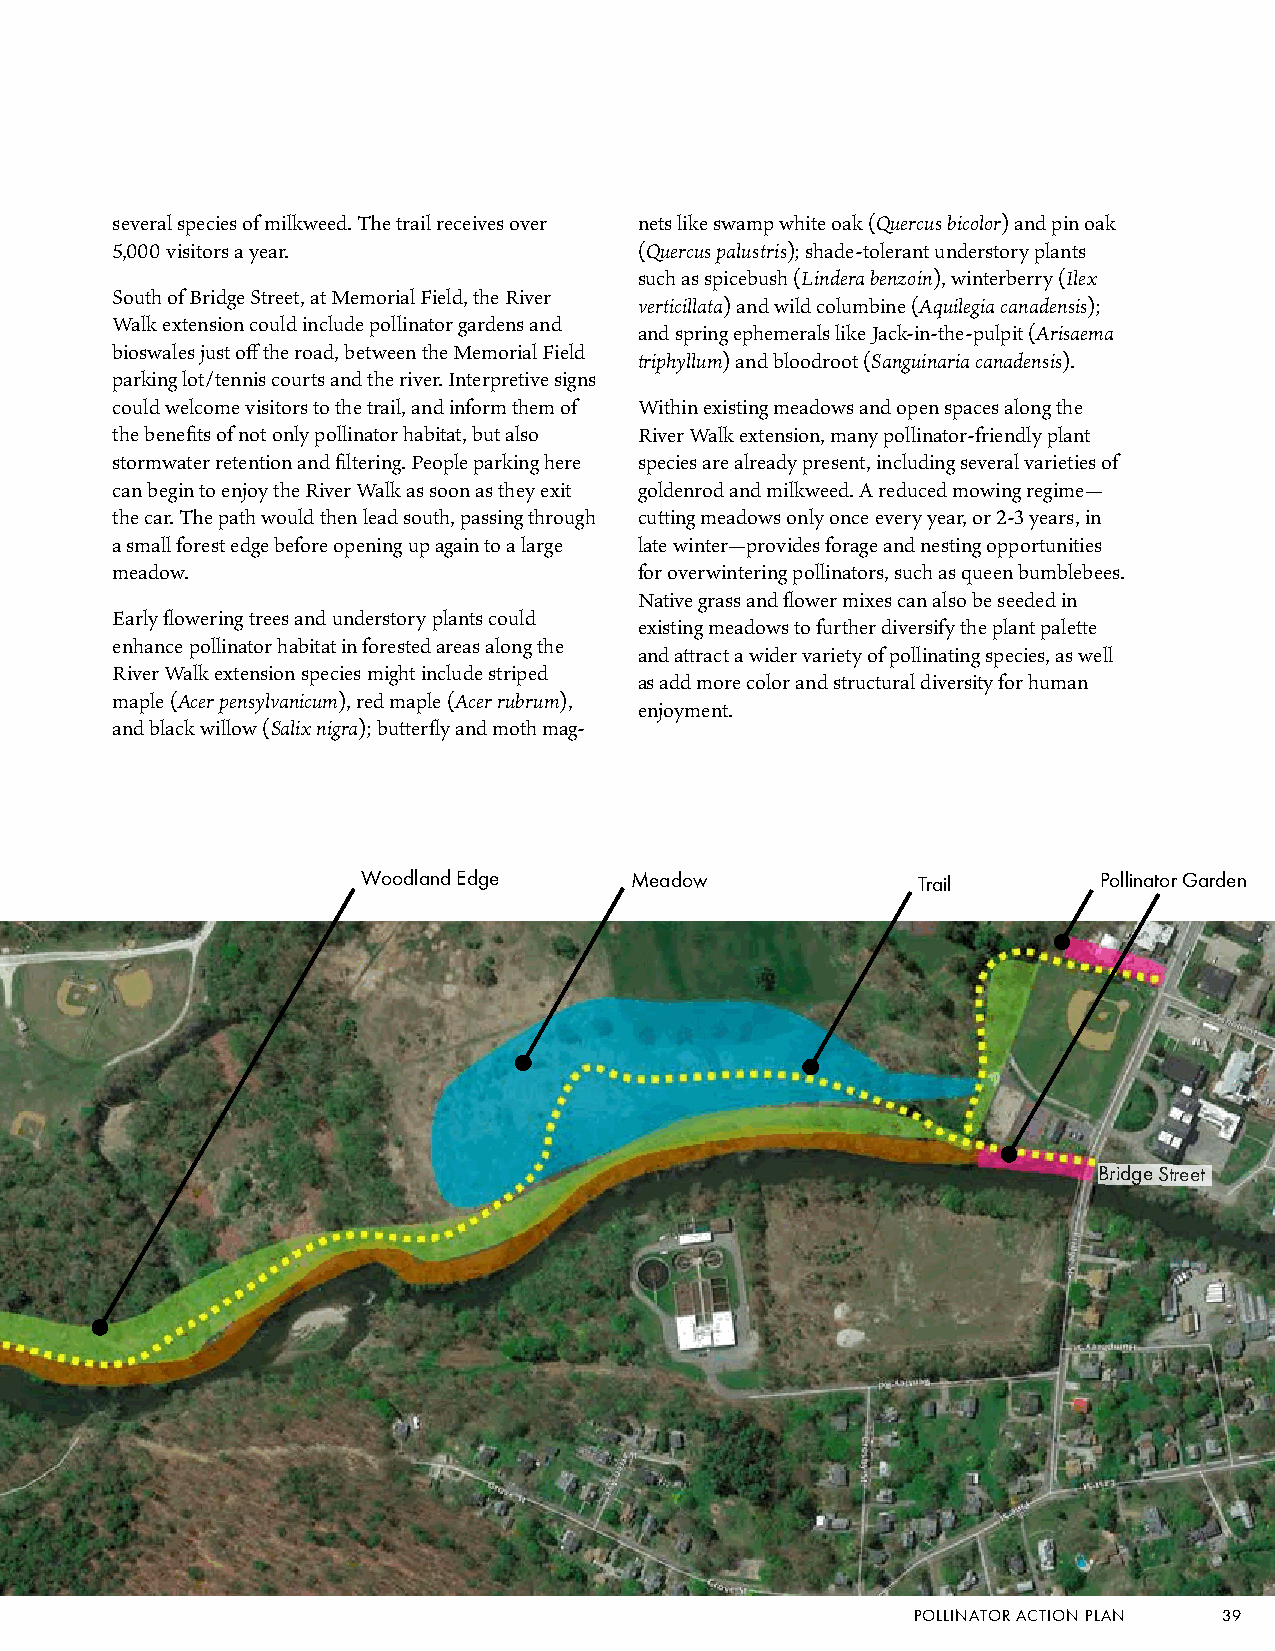
several species of milkweed. The trail receives over nets like swamp white oak (Quercus bicolor) and pin oak
 5,000 visitors a year.             (Quercus palustris); shade-tolerant understory plants
 such as spicebush (Lindera benzoin), winterberry (Ilex
 South of Bridge Street, at Memorial Field, the River
 verticillata) and wild columbine (Aquilegia canadensis);
 Walk extension could include pollinator gardens and
 and spring ephemerals like Jack-in-the-pulpit (Arisaema
 bioswales just off the road, between the Memorial Field
 triphyllum) and bloodroot (Sanguinaria canadensis).
 parking lot/tennis courts and the river. Interpretive signs
 could welcome visitors to the trail, and inform them of Within existing meadows and open spaces along the
 the benefits of not only pollinator habitat, but also River Walk extension, many pollinator-friendly plant
 stormwater retention and filtering. People parking here species are already present, including several varieties of
 can begin to enjoy the River Walk as soon as they exit goldenrod and milkweed. A reduced mowing regime—
 the car. The path would then lead south, passing through cutting meadows only once every year, or 2-3 years, in
 a small forest edge before opening up again to a large late winter—provides forage and nesting opportunities
 meadow.                            for overwintering pollinators, such as queen bumblebees.
 Native grass and flower mixes can also be seeded in
 Early flowering trees and understory plants could
 existing meadows to further diversify the plant palette
 enhance pollinator habitat in forested areas along the
 and attract a wider variety of pollinating species, as well
 River Walk extension species might include striped
 as add more color and structural diversity for human
 maple (Acer pensylvanicum), red maple (Acer rubrum),
 enjoyment.
 and black willow (Salix nigra); butterfly and moth mag-
 Woodland Edge     Meadow             Trail       Pollinator Garden
 Bridge Street
 POLLINATOR ACTION PLAN 39